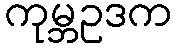
ကုမ္ဘဥဒက